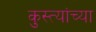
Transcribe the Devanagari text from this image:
कुस्त्यांच्या